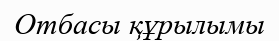
Отбасы құрылымы